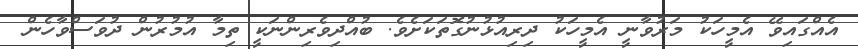
އެއްގައިވޭ އެމީހަކު މަރުވާނީ އެމީހަކު ދިރިއުޅުނުގޮތަކަށެވެ. ބުއްދިވެރިންނަކީ ތިމާ އުމުރުން ދުވަސްވާހެން